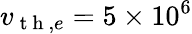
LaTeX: v_{\mathrm{~t~h~},e}=5\times 10^{6}